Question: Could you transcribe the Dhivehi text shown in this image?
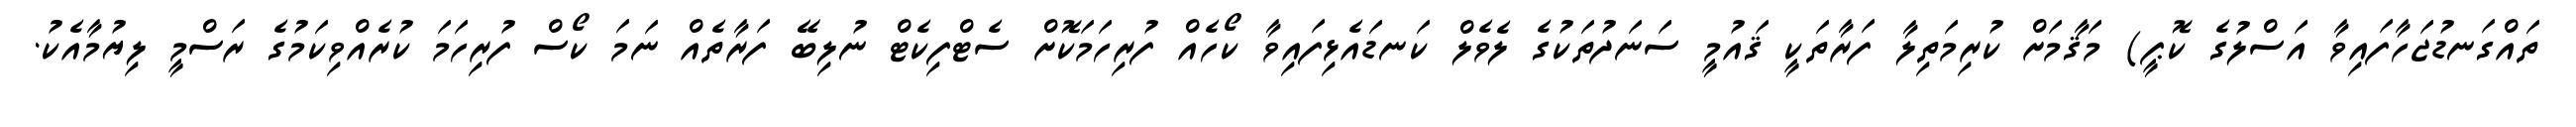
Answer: ތައްގަނޑުޖަހާފައިވާ އަސްލުގެ ކޮޕީ) މަޤާމަށް ކުރިމަތިލާ ފަރާތަކީ ޤައުމީ ސަނަދުތަކުގެ ލެވެލް ކަނޑައެޅިފައިވާ ކޯހެއް ފުރިހަމަކޮށް ސެޓްފިކެޓް ނުލިބޭ ފަރާތެއް ނަމަ ކޯސް ފުރިހަމަ ކުރެއްވިކަމުގެ ރަސްމީ ލިޔުމާއެކު.